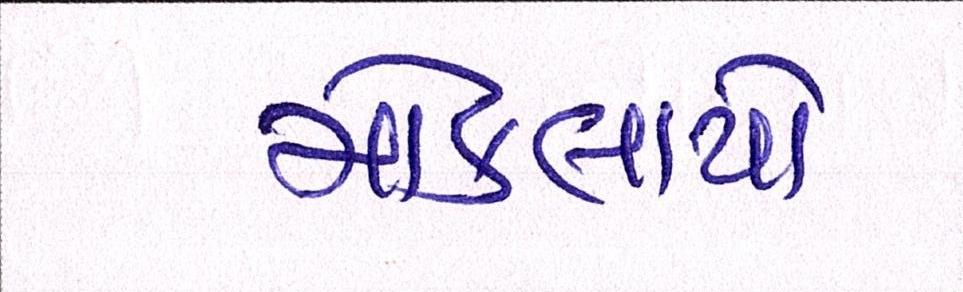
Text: મોકલાયો